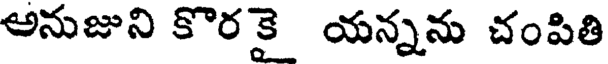
అనుజుని కొరకై యన్నను చంపితి